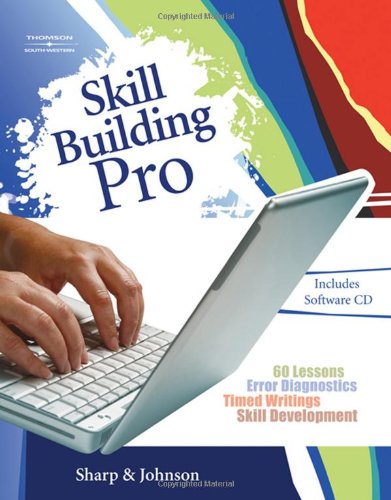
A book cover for Skill Building Pro (with CD-ROM and User's Guide); Ronald D. Johnson; Business & Money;